Civil Veterinary Department Bengal reports 1923-33 - 1923-1933
Year: 1923
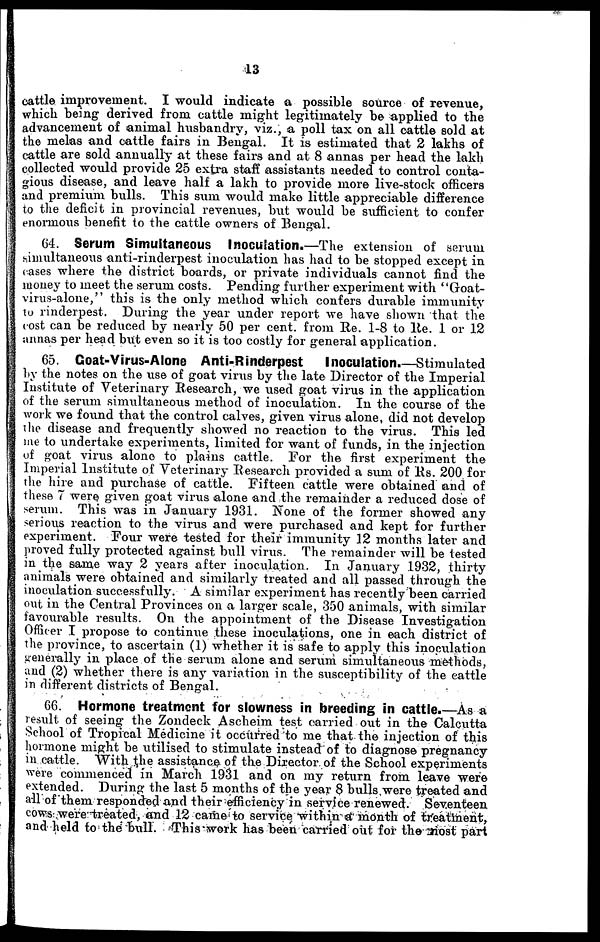
13
cattle improvement. I would indicate a possible source of revenue,
which being derived from cattle might legitimately be applied to the
advancement of animal husbandry, viz., a poll tax on all cattle sold at
the melas and cattle fairs in Bengal. It is estimated that 2 lakhs of
cattle are sold annually at these fairs and at 8 annas per head the lakh
collected would provide 25 extra staff assistants needed to control conta-
gious disease, and leave half a lakh to provide more live-stock officers
and premium bulls. This sum would make little appreciable difference
to the deficit in provincial revenues, but would be sufficient to confer
enormous benefit to the cattle owners of Bengal.
64. Serum Simultaneous Inoculation.—The extension of serum
simultaneous anti-rinderpest inoculation has had to be stopped except in
cases where the district boards, or private individuals cannot find the
money to meet the serum costs. Pending further experiment with "Goat-
virus-alone," this is the only method which confers durable immunity
to rinderpest. During the year under report we have shown that the
tost can be reduced by nearly 50 per cent. from Re. 1-8 to Re. 1 or 12
annas per head but even so it is too costly for general application.
65. Goat-Virus-Alone Anti-Rinderpest
Inoculation.—Stimulated
by the notes on the use of goat virus by the late Director of the Imperial
Institute of Veterinary Research, we used goat virus in the application
of the serum simultaneous method of inoculation. In the course of the
work we found that the control calves, given virus alone, did not develop
the disease and frequently showed no reaction to the virus. This led
me to undertake experiments, limited for want of funds, in the injection
of goat virus alone to plains cattle. For the first experiment the
Imperial Institute of Veterinary Research provided a sum of Rs. 200 for
the hire and purchase of cattle. Fifteen cattle were obtained and of
these 7 were given goat virus alone and the remainder a reduced dose of
serum. This was in January 1931. None of the former showed any
serious reaction to the virus and were purchased and kept for further
experiment. Four were tested for their immunity 12 months later and
proved fully protected against bull virus. The remainder will be tested
in the same way 2 years after inoculation. In January 1932, thirty
animals were obtained and similarly treated and all passed through the
inoculation successfully. A similar experiment has recently been carried
out in the Central Provinces on a larger scale, 350 animals, with similar
favourable results. On the appointment of the Disease Investigation
Officer I propose to continue these inoculations, one in each district of
the province, to ascertain (1) whether it is safe to apply this inoculation
generally in place of the serum alone and serum simultaneous methods,
and (2) whether there is any variation in the susceptibility of the cattle
in different districts of Bengal.
66. Hormone treatment for slowness in breeding in cattle.—As a
result of seeing the Zondeck Ascheim test carried out in the Calcutta
School of Tropical Medicine it occurred to me that the injection of this
hormone might be utilised to stimulate instead of to diagnose pregnancy
in cattle. With the assistance of the Director of the School experiments
were commenced in March 1931 and on my return from leave were
extended. During the last 5 months of the year 8 bulls were treated and
all of them responded and their efficiency in service renewed. Seventeen
cows were treated, and 12 came to service within a month of treatment,
and held to the Bull. This work has been carried out for the most part